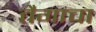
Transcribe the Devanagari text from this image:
तैगाचा